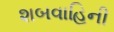
શબવાહિની